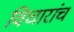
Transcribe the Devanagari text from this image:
विचारांच